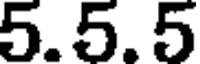
5.5.5